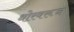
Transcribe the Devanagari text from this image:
थोरवरून